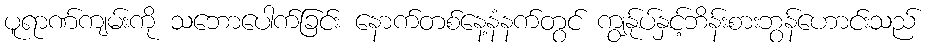
ပူရာဏ်ကျမ်းကို သဘောပေါက်ခြင်း နောက်တစ်နေ့နံနက်တွင် ကျွန်ုပ်နှင့်ဘိန်းစားဘွန်ဟောင်းသည်